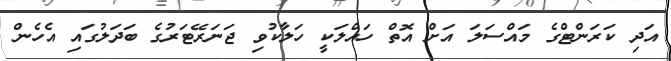
އަދި ކަރަންޓްގެ މައްސަލަ އަށް އޮތް ހައްލަކީ ހަލާކުވި ޖަނަރޭޓަރުގެ ބަދަލުގައި އެހެން